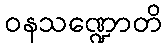
ဝနသဏ္ဍောတိ